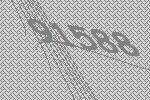
91588